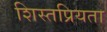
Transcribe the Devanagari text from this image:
शिस्तप्रियता